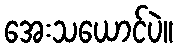
အေးသယောင်ပဲ။